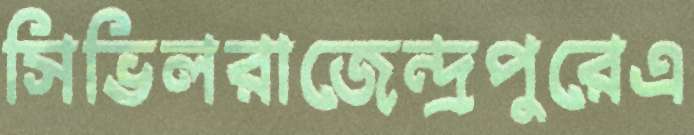
সিভিলরাজেন্দ্রপুরেএ